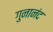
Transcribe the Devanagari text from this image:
गुनानंद